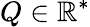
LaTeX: Q\in\mathbb{R}^{\ast}